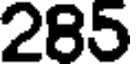
285